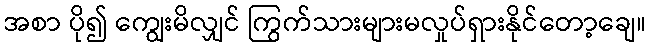
အစာ ပို၍ ကျွေးမိလျှင် ကြွက်သားများမလှုပ်ရှားနိုင်တော့ချေ။